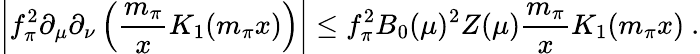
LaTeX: \left|f_{\pi}^{2}\partial_{\mu}\partial_{\nu}\left({\frac{m_{\pi}}{x}}K_{1}(m_{\pi}x)\right)\right|\leq f_{\pi}^{2}B_{0}(\mu)^{2}Z(\mu){\frac{m_{\pi}}{x}}K_{1}(m_{\pi}x)\ .